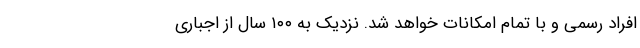
افراد رسمی و با تمام امکانات خواهد شد. نزدیک به ۱۰۰ سال از اجباری